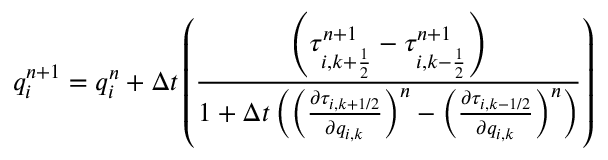
q _ { i } ^ { n + 1 } = q _ { i } ^ { n } + \Delta t \left( \frac { \left( \tau _ { i , k + \frac { 1 } { 2 } } ^ { n + 1 } - \tau _ { i , k - \frac { 1 } { 2 } } ^ { n + 1 } \right) } { 1 + \Delta t \left( \left( \frac { \partial \tau _ { i , k + 1 / 2 } } { \partial q _ { i , k } } \right) ^ { n } - \left( \frac { \partial \tau _ { i , k - 1 / 2 } } { \partial q _ { i , k } } \right) ^ { n } \right) } \right)